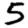
Digit: 5